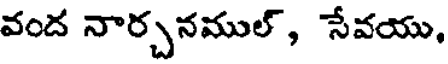
వంద నార్చనముల్, సేవయు,